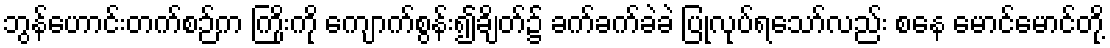
ဘွန်ဟောင်းတက်စဉ်က ကြိုးကို ကျောက်စွန်း၍ချိတ်၌ ခက်ခက်ခဲခဲ ပြုလုပ်ရသော်လည်း စနေ မောင်မောင်တို့